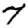
Digit: 7